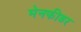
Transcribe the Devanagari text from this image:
मेनफीडर